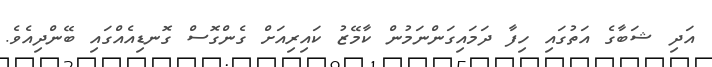
އަދި ޝަބާގެ އަތުގައި ހިފާ ދަމައިގަންނަމުން ކާމޭޒު ކައިރިއަށް ގެންގޮސް ގޮނޑިއެއްގައި ބޭންދިއެވެ.